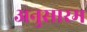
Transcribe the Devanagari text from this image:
अनुसारम